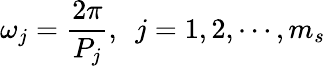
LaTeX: \omega_{j}=\frac{2\pi}{P_{j}},~~j=1,2,\cdots,m_{s}